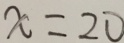
x = 2 0